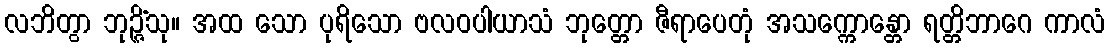
လဘိတွာ ဘုဉ္ဇိံသု။ အထ သော ပုရိသော ဗလဝပါယာသံ ဘုတ္တော ဇီရာပေတုံ အသက္ကောန္တော ရတ္တိဘာဂေ ကာလံ